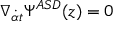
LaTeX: \nabla _ { { \dot { \alpha } } t } \Psi ^ { { \cal A S D } } ( z ) = 0